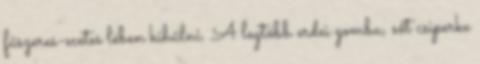
fűszeres-ecetes lében kihűlni. A legtöbb erdei gomba, sőt csiperke